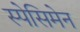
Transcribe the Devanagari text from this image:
स्पेसिमेन